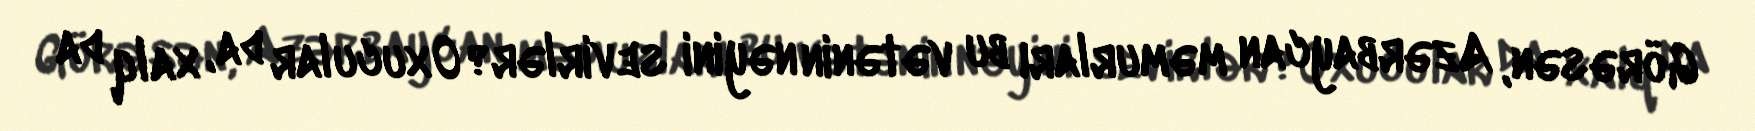
Görəsən, Azərbaycan məmurları bu vətənin nəyini sevirlər?Oxucular da, xalq da